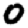
Digit: 0